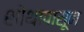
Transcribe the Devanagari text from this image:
शोथापासून